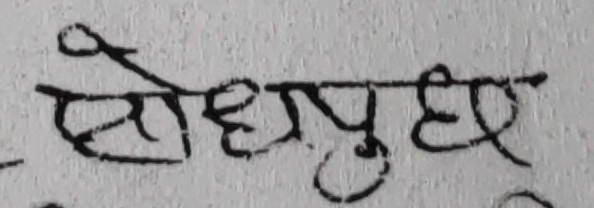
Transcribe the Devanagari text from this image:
शोधपुछर